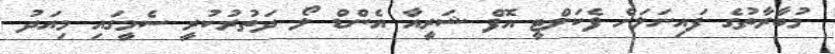
މުބާރާތުގެ ފައިނަލަށް ފެކަލްޓީ އޮފް ޝަރީއާ އެންޑް ލޯ ދަތުރުކުރީ ސެމީގައި މިއަދު